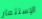
الإستثمار